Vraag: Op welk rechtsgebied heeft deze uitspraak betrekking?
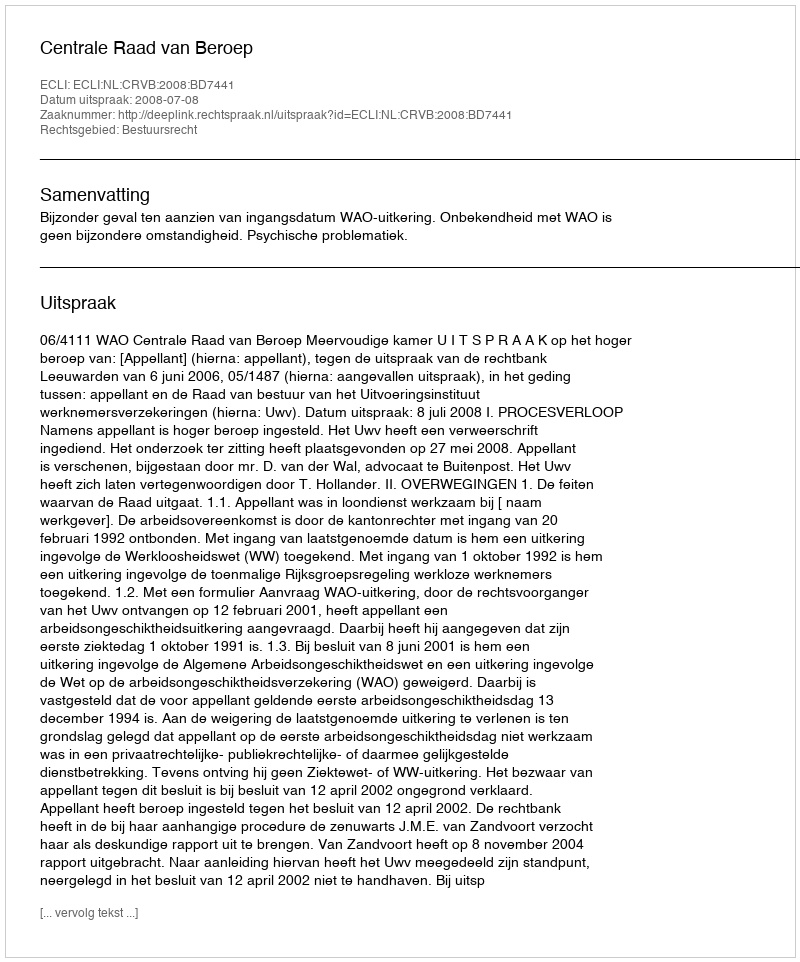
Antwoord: Bestuursrecht